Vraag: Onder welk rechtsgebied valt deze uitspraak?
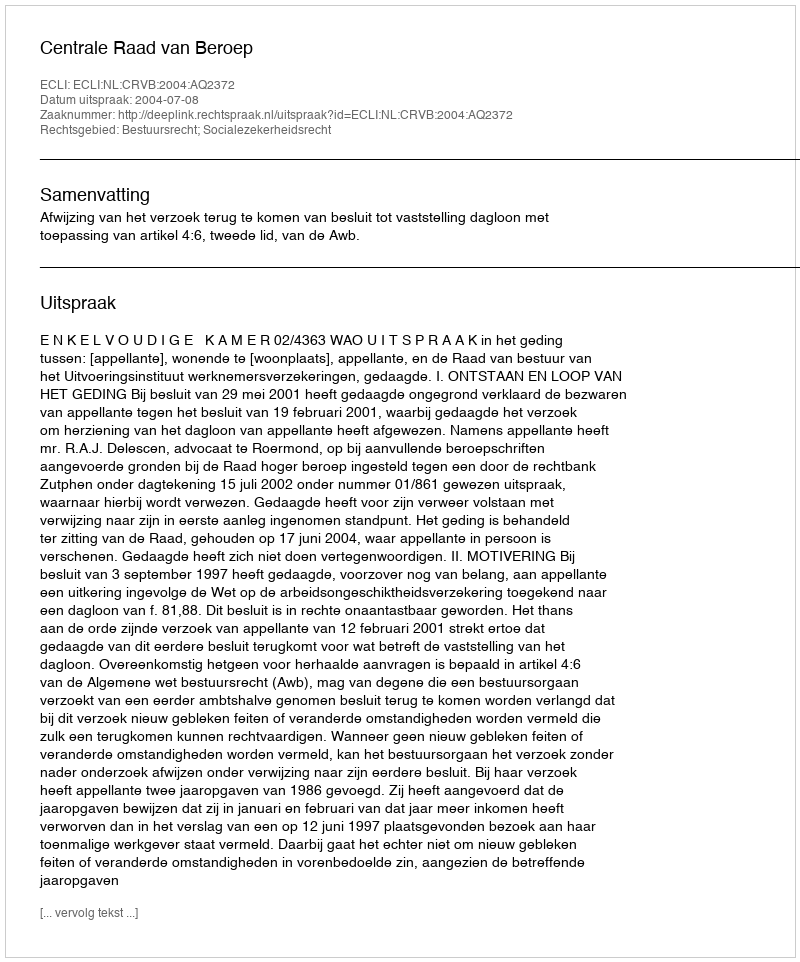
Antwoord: Bestuursrecht; Socialezekerheidsrecht